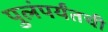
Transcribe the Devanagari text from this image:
पुलंपर्यंतची